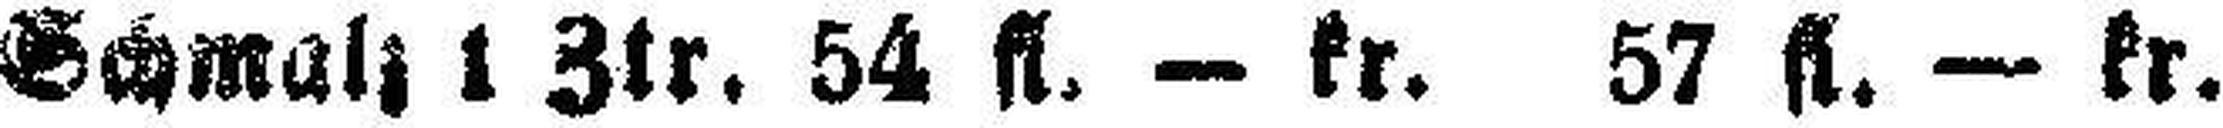
Schmalz 1 Ztr. 54 fl. — kr. 57 fl. — kr.